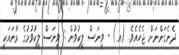
ދެނެގަންނަށް ޖެހެއެވެ. (އ) - ވީނަސް ލީކުވުން : ވީނަސް ލީކުވުމުގެ މާނައަކީ